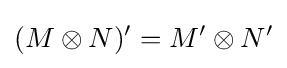
(M\otimes N)^{\prime }=M^{\prime }\otimes N^{\prime }